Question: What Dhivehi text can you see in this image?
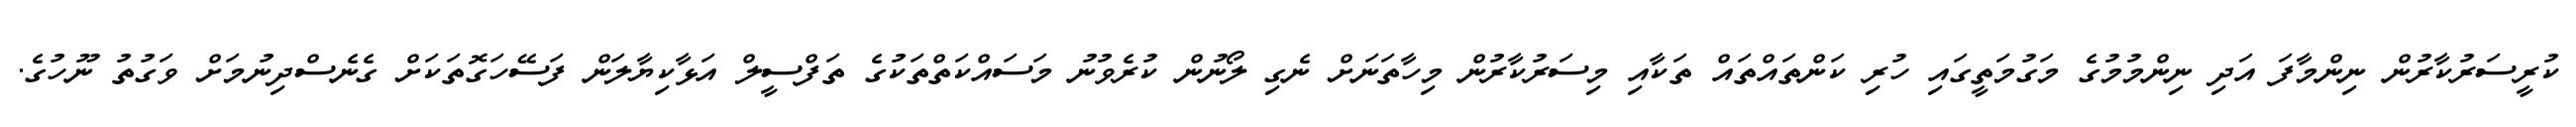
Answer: ކުރީސަރުކާރުން ނިންމާފަ އަދި ނިންމުމުގެ މަގުމަތީގައި ހުރި ކަންތައްތައް ތަކާއި މިސަރުކާރުން މިހާތަނަށް ނެގި ލޯނުން ކުރެވުނު މަސައްކަތްތަކުގެ ތަފްސީލް އަޅާކިޔާލަން ފަސޭހަގޮތަކަށް ގެނެސްދިނުމަށް ވަގުތު ނޫހުގެ.